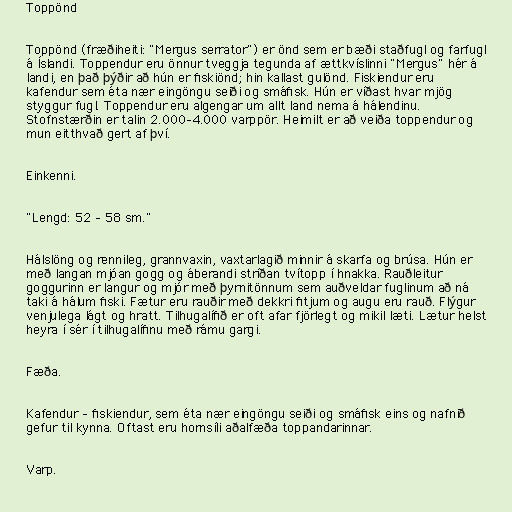
Toppönd

Toppönd (fræðiheiti: "Mergus serrator") er önd sem er bæði staðfugl og farfugl
á Íslandi. Toppendur eru önnur tveggja tegunda af ættkvíslinni "Mergus" hér á
landi, en það þýðir að hún er fiskiönd; hin kallast gulönd. Fiskiendur eru
kafendur sem éta nær eingöngu seiði og smáfisk. Hún er víðast hvar mjög
styggur fugl. Toppendur eru algengar um allt land nema á hálendinu.
Stofnstærðin er talin 2.000–4.000 varppör. Heimilt er að veiða toppendur og
mun eitthvað gert af því.

Einkenni.

"Lengd: 52 – 58 sm."

Hálslöng og rennileg, grannvaxin, vaxtarlagið minnir á skarfa og brúsa. Hún er
með langan mjóan gogg og áberandi stríðan tvítopp í hnakka. Rauðleitur
goggurinn er langur og mjór með þyrnitönnum sem auðveldar fuglinum að ná
taki á hálum fiski. Fætur eru rauðir með dekkri fitjum og augu eru rauð. Flýgur
venjulega lágt og hratt. Tilhugalífið er oft afar fjörlegt og mikil læti. Lætur helst
heyra í sér í tilhugalífinu með rámu gargi.

Fæða.

Kafendur – fiskiendur, sem éta nær eingöngu seiði og smáfisk eins og nafnið
gefur til kynna. Oftast eru hornsíli aðalfæða toppandarinnar.

Varp.